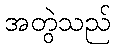
အတွဲသည်